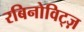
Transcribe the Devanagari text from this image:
रबिनोविट्ज़